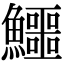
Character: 鱷